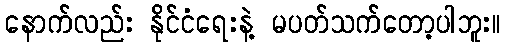
နောက်လည်း နိုင်ငံရေးနဲ့ မပတ်သက်တော့ပါဘူး။